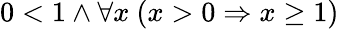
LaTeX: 0<1\land\forall x\ (x>0\Rightarrow x\geq 1)